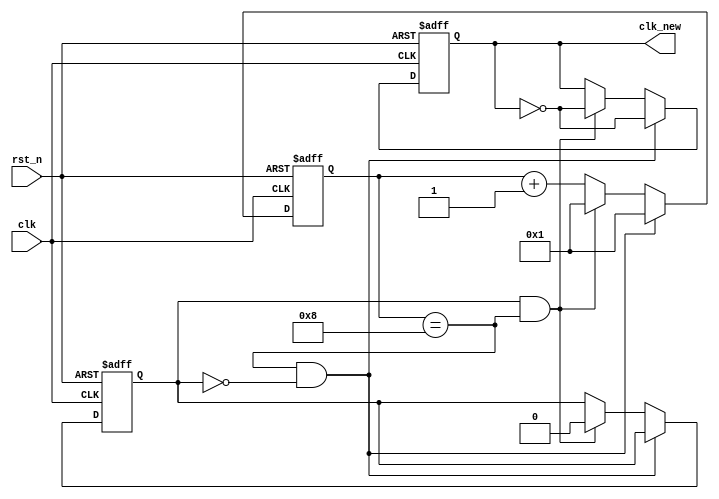
module clk_div #( parameter div = 16)(
	input clk,    // Clock
	input rst_n,  // Asynchronous reset active low
	output reg clk_new 
	
);

reg clk_div;
reg clk_div_en;
reg flag;
reg [7:0] counter;
reg odd;
reg [5:0] half;

always @(posedge clk or negedge rst_n) begin 

	if(~rst_n) begin
		 clk_div<= 0;
		 flag<=0;
		 counter<=0;

	end 
	else if(clk_div_en) begin
 		if(counter==(div-half) && !flag) begin
		 clk_div<=!clk_div ;
		 counter<=1;
		 if(odd)
		 	flag<=1;

	end else if (flag && counter==half ) begin
		clk_div<=!clk_div;
		counter<=1;
		flag<=0;
	end

	else
		counter<=counter+1;
end
end

always @* begin 
	clk_div_en=(div!=0)&&(div!=1);
	odd=div[0];
    	half=div>>1;
    	clk_new=clk_div_en?clk_div:clk;
end
endmodule